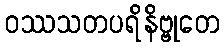
ဝဿသတပရိနိဗ္ဗုတေ